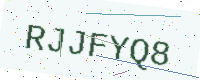
Text: RJJFYQ8